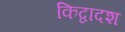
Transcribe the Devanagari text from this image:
किद्वादश